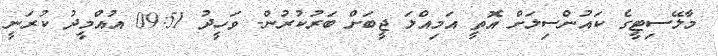
މާލޭސިޓީގެ ކައުންސިލަށް އޮތީ އަމިއްލަ ޖީބަށް ބަރުކުރުން- ވަހީދު 09:51 އުއްމީދު ކުރަނީ